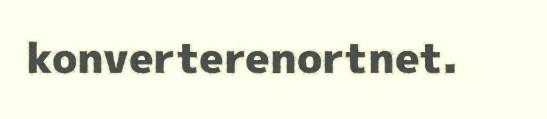
konverterenortnet.